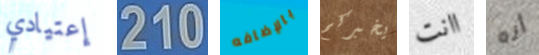
إعتيادي 210 بالإضافه يخبركم اانت أنه